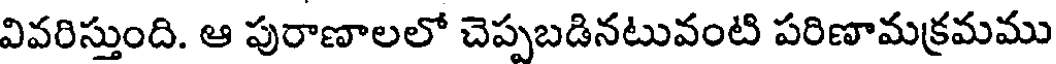
వివరిస్తుంది. ఆ పురాణాలలో చెప్పబడినటువంటి పరిణామక్రమము